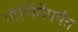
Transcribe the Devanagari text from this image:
पोर्णिमेपर्यंत